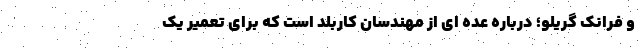
و فرانک گریلو؛ درباره عده ای از مهندسان کاربلد است که برای تعمیر یک